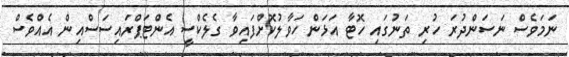
ނަމަވެސް ނަސަންދުރަ ހުރި ތަނުގައި ހޮޓާ އަޅަން ހަވާލުކޮށްފައިވާ ގެލެކްސީ އެންޓަޕްރައިސަސްއިން އެއްވެސް